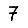
Digit: 7